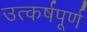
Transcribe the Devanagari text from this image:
उत्कर्षपूर्ण